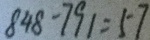
8 4 8 - 7 9 1 = 5 7